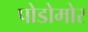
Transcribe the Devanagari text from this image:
पोडोमोर